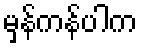
မှန်ကန်ပါက